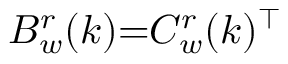
B _ { w } ^ { r } ( k ) { = } C _ { w } ^ { r } ( k ) ^ { \top }